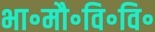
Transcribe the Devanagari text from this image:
भा॰मौ॰वि॰वि॰